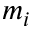
m _ { i }